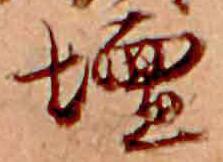
壇